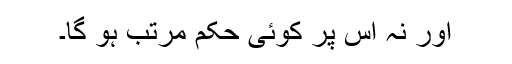
اور نہ اس پر کوئی حکم مرتب ہو گا۔